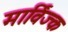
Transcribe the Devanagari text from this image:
मार्विज्क